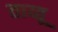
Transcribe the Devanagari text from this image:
ताय्तू